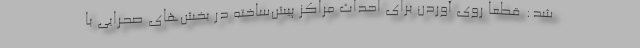
شد: قطعاً روی آوردن برای احداث مراکز پیش‌ساخته در بخش‌های صحرایی با